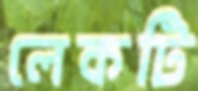
লেকটি